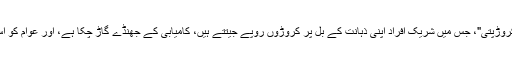
پڑوسی ملک بھارت ہی کی مثال لے لیجیے جہاں "کون بنے گا کروڑپتی"، جسِ میں شریک افراد اپنی ذہانت کے بل پر کروڑوں روپے جیتتے ہیں، کامیابی کے جھنڈے گاڑ چکا ہے، اور عوام کو اِس شو کا نیا سیزن شروع ہونے کا بے چینی سے انتظار رہتا ہے۔